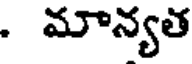
. మాన్యత